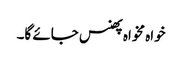
خواہ مخواہ پھنس جائے گا۔